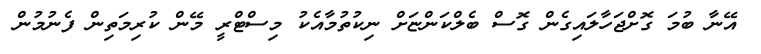
އޭނާ ބުމަ ގޮށްޖަހާލައިގެން ގޮސް ބެލްކަންޏަށް ނިކުތުމާއެކު މިސްޓްރީ މޭން ކުރިމަތިން ފެނުމުން